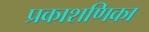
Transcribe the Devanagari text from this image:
प्रकाशणिका